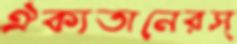
ঐক্যতানেরস্